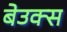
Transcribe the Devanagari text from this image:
बेउक्स